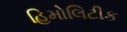
હિમોલિટીક